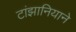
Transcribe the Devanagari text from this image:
टांझानियाने